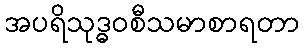
အပရိသုဒ္ဓဝစီသမာစာရတာ